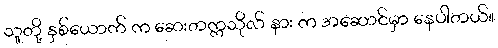
သူတို့ နှစ်ယောက် က ဆေးတက္ကသိုလ် နား က အဆောင်မှာ နေပါတယ်။